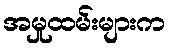
အမှုထမ်းများက